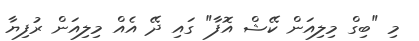
މި "ބިގް މިލިއަން ކޭޝް އޮފާ" ގައި ދޭ އެއް މިލިއަން ރުފިޔާ